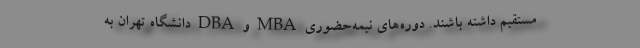
مستقیم داشته باشند. دوره‌های نیمه‌حضوری MBA و DBA دانشگاه تهران به